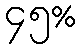
၄၅%